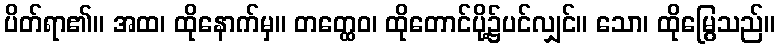
ပိတ်ရာ၏။ အထ၊ ထိုနောက်မှ။ တတ္ထေဝ၊ ထိုတောင်ပို့၌ပင်လျှင်။ သော၊ ထိုမြွေသည်။